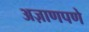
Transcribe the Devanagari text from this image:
अज़ाणपणे